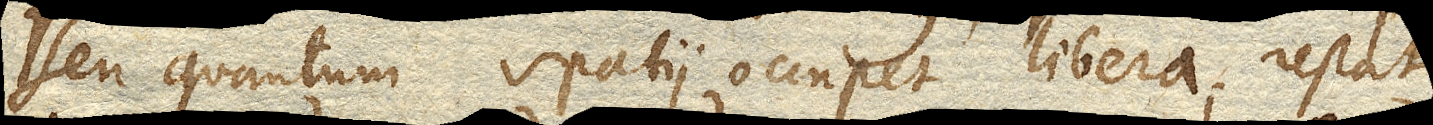
seu quantum spatii occupet libera; restat